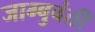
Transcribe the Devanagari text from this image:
जाम्बुवंती